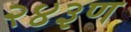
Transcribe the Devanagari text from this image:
२४३ण